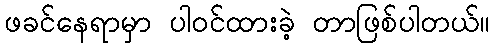
ဖခင်နေရာမှာ ပါဝင်ထားခဲ့ တာဖြစ်ပါတယ်။